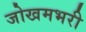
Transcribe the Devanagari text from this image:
जोखमभरी